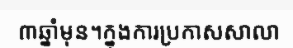
៣ឆ្នាំមុន។ក្នុងការប្រកាសសាលា